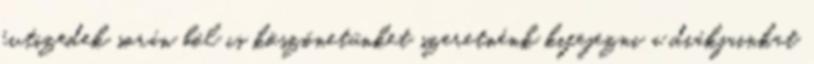
évtizedek során ból is köszönetünket szeretnénk kifejezni a diákjainkat